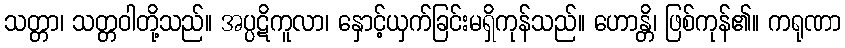
သတ္တာ၊ သတ္တဝါတို့သည်။ အပ္ပဋိကူလာ၊ နှောင့်ယှက်ခြင်းမရှိကုန်သည်။ ဟောန္တိ၊ ဖြစ်ကုန်၏။ ကရုဏာ